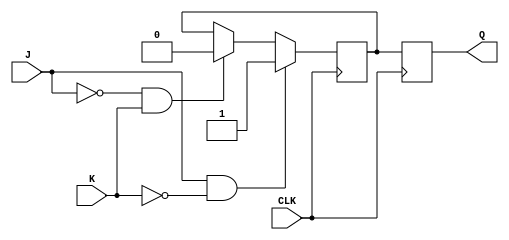
module jk_ff (
    input J, K, CLK,
    output reg Q
);

reg temp;

always @ (posedge CLK)
begin
    if (J && ~K)
        temp <= 1;
    else if (~J && K)
        temp <= 0;
end

always @ (negedge CLK)
begin
    Q <= temp;
end

endmodule